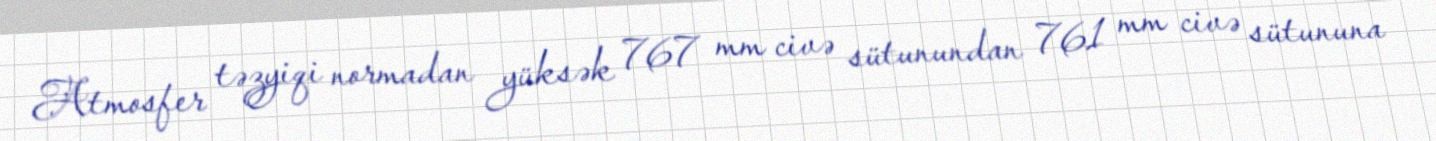
Atmosfer təzyiqi normadan yüksək 767 mm civə sütunundan 761 mm civə sütununa